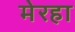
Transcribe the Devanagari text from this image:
मेरहा